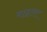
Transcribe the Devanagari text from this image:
माइलर